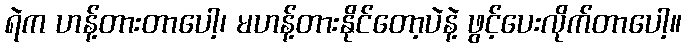
ရဲက ဟန့်တားတာပေါ့၊ မဟန့်တားနိုင်တော့ပဲနဲ့ ဖွင့်ပေးလိုက်တာပေါ့။